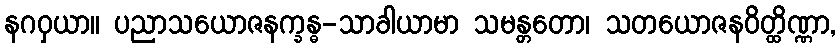
နဂဝှယာ။ ပညာသယောဇနက္ခန္ဓ-သာခါယာမာ သမန္တတော၊ သတယောဇနဝိတ္ထိဏ္ဏာ,